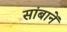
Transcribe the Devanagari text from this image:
सांबानें